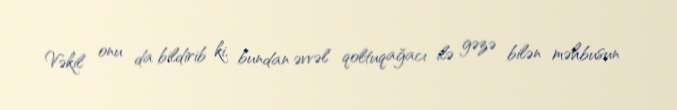
Vəkil onu da bildirib ki, bundan əvvəl qoltuqağacı ilə gəzə bilən məhbusun